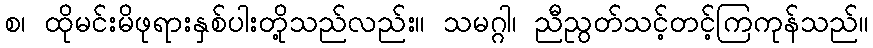
စ၊ ထိုမင်းမိဖုရားနှစ်ပါးတို့သည်လည်း။ သမဂ္ဂါ၊ ညီညွတ်သင့်တင့်ကြကုန်သည်။